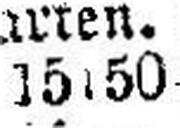
15150